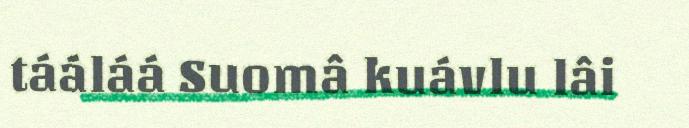
tááláá Suomâ kuávlu lâi